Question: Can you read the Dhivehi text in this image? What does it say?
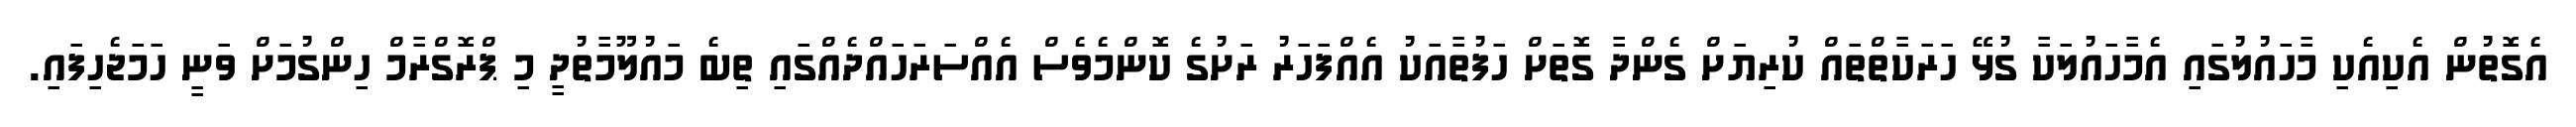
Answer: އެގޮތުން އެކިއެކި މާހައުލުގައި އެމާހައުލަކާ ގުޅޭ ހަރަކާތްތައް ކުރިޔަށް ގެންދާ ގޮތަށް ހަފުތާއަކު އެއްފަހަރު ރަށުގެ ކޮންމެވެސް އެއްސަރަހައްދެއްގައި ތިބެ މައުލޫމާތުދީ މި ޕްރޮގްރާމް ހިންގުމަށް ވަނީ ހަމަޖެހިފައި.